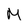
Character: M